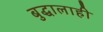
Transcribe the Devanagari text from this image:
बुद्धालाही